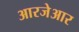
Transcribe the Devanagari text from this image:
आरजेआर